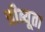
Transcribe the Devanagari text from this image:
त्रीब्यूता